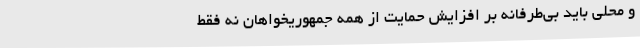
و محلی باید بی‌طرفانه بر افزایش حمایت از همه جمهوریخواهان نه فقط